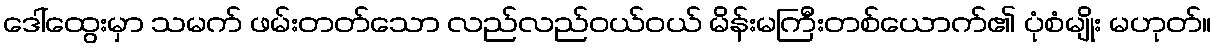
ဒေါ်ထွေးမှာ သမက် ဖမ်းတတ်သော လည်လည်ဝယ်ဝယ် မိန်းမကြီးတစ်ယောက်၏ ပုံစံမျိုး မဟုတ်။